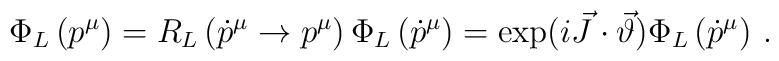
\Phi _{L}\left( p^{\mu }\right) = R_{L}\left( \dot p^{\mu }\to p^{\mu }\right)\Phi _{L}\left( \dot p^{\mu }\right) =\exp (i\vec{J}\cdot \vec{\vartheta })\Phi _{L}\left( \dot p^{\mu }\right)\, .